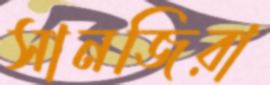
সানজিরা